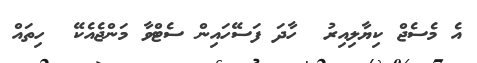
އެ މެސެޖް ކިޔާލިއިރު  ހާދަ ފަސޭހައިން ސެޓްވާ މަންޖެއެކޭ  ހިތައް